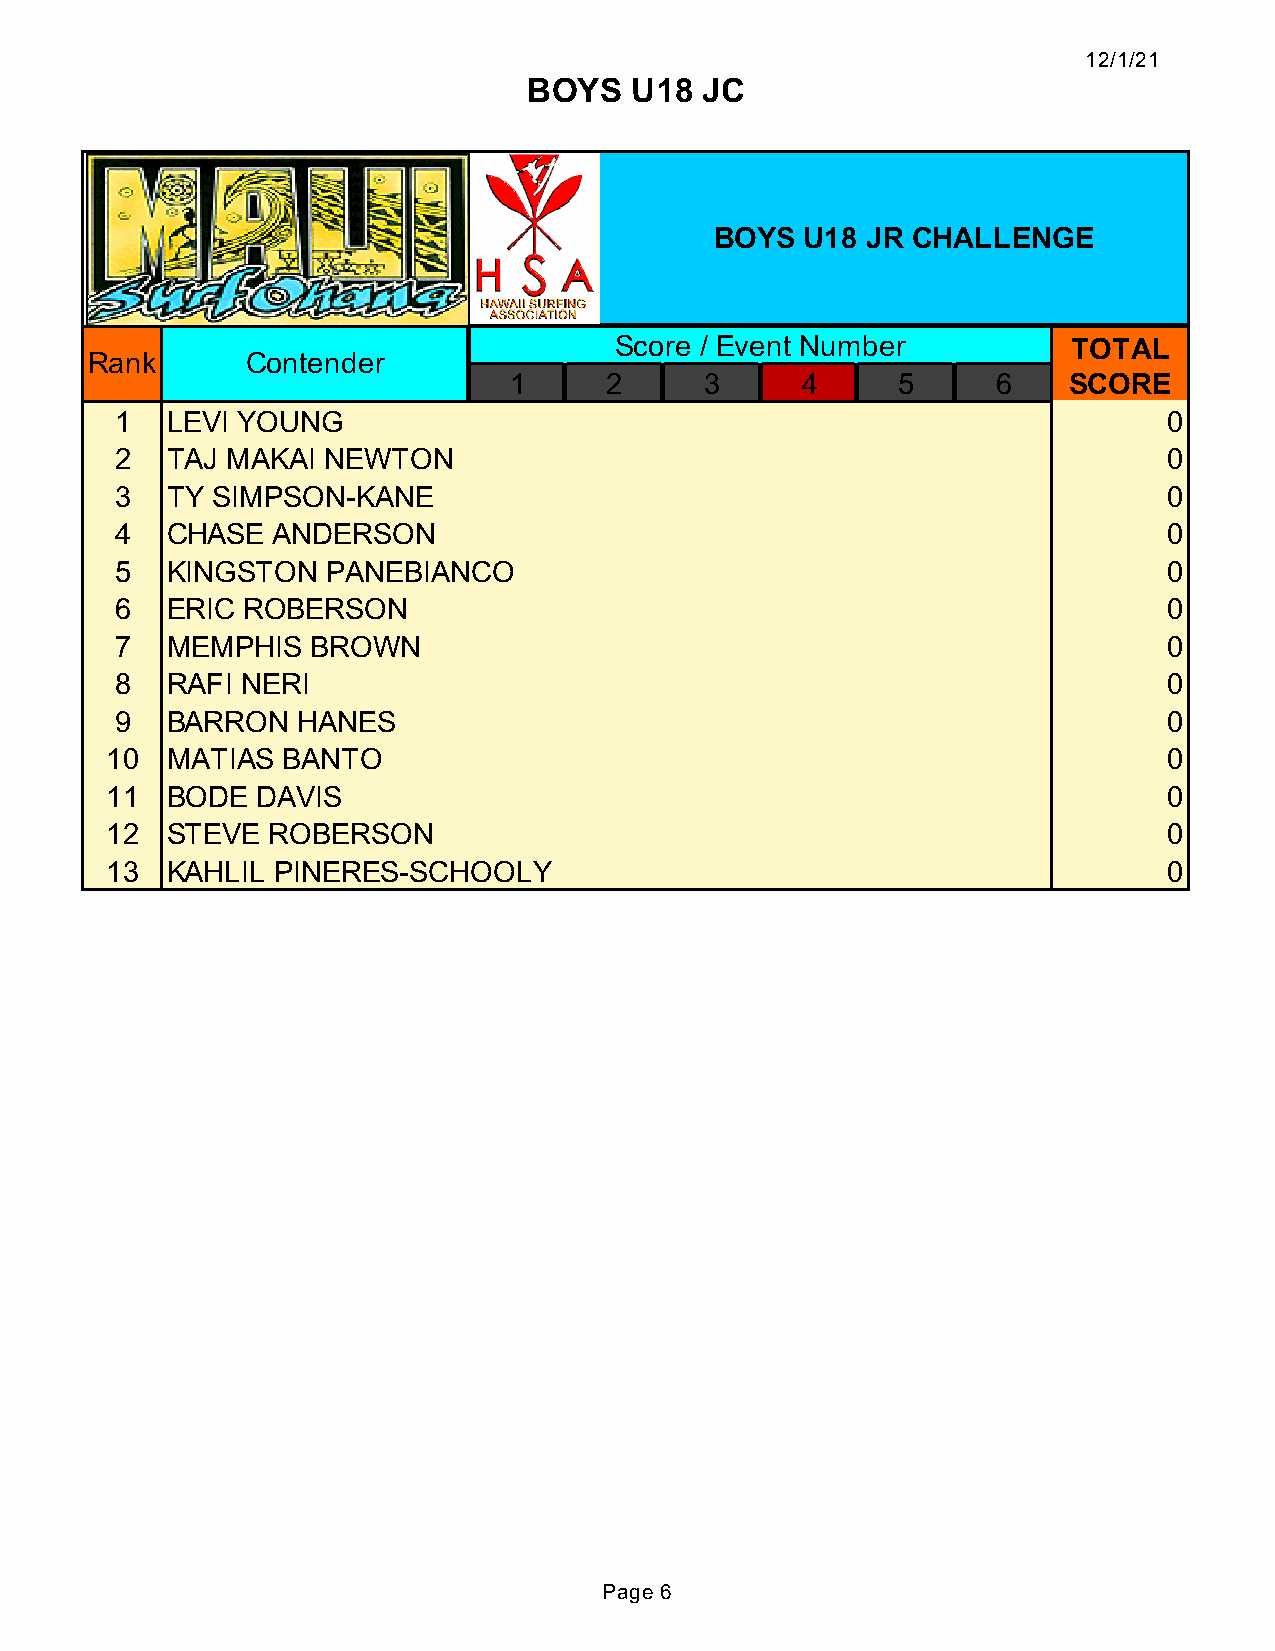
12/1/21
 BOYS   U18 JC
 BOYS  U18 JR CHALLENGE
 Score / Event Number          TOTAL
 Rank      Contender
 1     2      3     4     5      6    SCORE
 1  LEVI YOUNG                                                        0
 2  TAJ MAKAI  NEWTON                                                 0
 3  TY SIMPSON-KANE                                                   0
 4  CHASE  ANDERSON                                                   0
 5  KINGSTON   PANEBIANCO                                             0
 6  ERIC ROBERSON                                                     0
 7  MEMPHIS   BROWN                                                   0
 8  RAFI NERI                                                         0
 9  BARRON   HANES                                                    0
 10  MATIAS  BANTO                                                     0
 11  BODE  DAVIS                                                       0
 12  STEVE  ROBERSON                                                   0
 13  KAHLIL PINERES-SCHOOLY                                            0
 Page 6